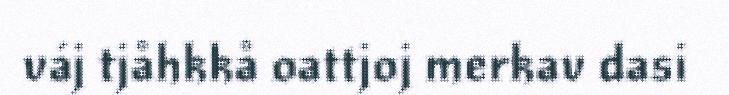
váj tjåhkkå oattjoj merkav dasi